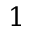
1